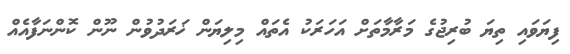
ފިޔަވައި ތިޔަ ބުރިޖުގެ މަރާމާތަށް އަހަރަކު އެތައް މިލިޔަން ޚަރަދުވުން ނޫން ކޮންނަފާއެއް